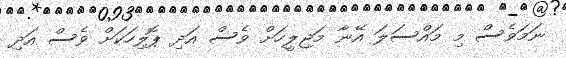
ނަމަވެސް މި މައްސަލަ އޭނާ މަޖިލީހަށް ވެސް އަދި ޕޮލިހަކަށް ވެސް އަދި